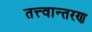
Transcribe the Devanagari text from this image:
तत्त्वान्तरण